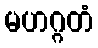
မဟဂ္ဂတံ